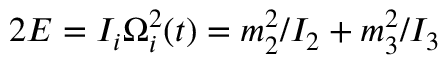
2 E = I _ { i } \Omega _ { i } ^ { 2 } ( t ) = m _ { 2 } ^ { 2 } / I _ { 2 } + m _ { 3 } ^ { 2 } / I _ { 3 }